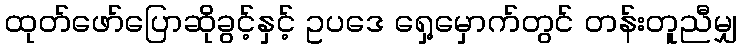
ထုတ်ဖော်ပြောဆိုခွင့်နှင့် ဥပဒေ ရှေ့မှောက်တွင် တန်းတူညီမျှ